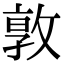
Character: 𭣾